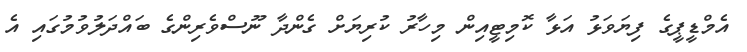
އެމްޑީޕީގެ ފިޔަވަޅު އަޅާ ކޮމިޓީއިން މިހާރު ކުރިޔަށް ގެންދާ ނޫސްވެރިންގެ ބައްދަލުވުމުގައި އެ